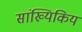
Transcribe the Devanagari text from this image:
सांख्यिकिय